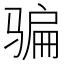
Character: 骗